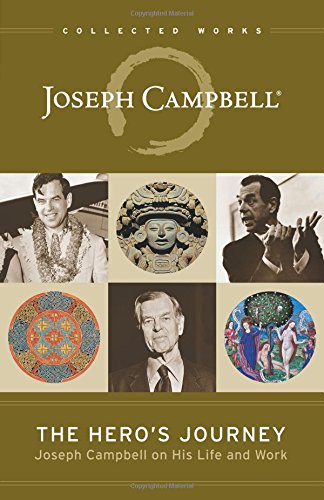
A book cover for The Hero's Journey: Joseph Campbell on His Life and Work (The Collected Works of Joseph Campbell); Joseph Campbell; Biographies & Memoirs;